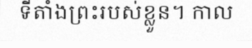
ទីតាំងព្រះរបស់ខ្លួន។ កាល